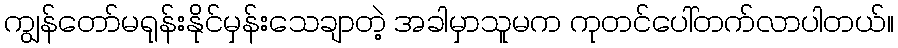
ကျွန်တော်မရုန်းနိုင်မှန်းသေချာတဲ့ အခါမှာသူမက ကုတင်ပေါ်တက်လာပါတယ်။